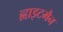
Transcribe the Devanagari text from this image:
ह्वाइटमैन